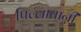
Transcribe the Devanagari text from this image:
पिल्लातान्नी